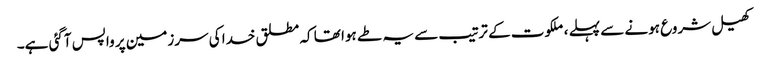
کھیل شروع ہونے سے پہلے ، ملکوت کے ترتیب سے یہ طے ہوا تھا کہ مطلق خدا کی سرزمین پر واپس آگئی ہے۔